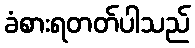
ခံစားရတတ်ပါသည်